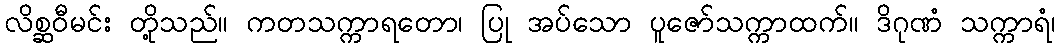
လိစ္ဆဝီမင်း တို့သည်။ ကတသက္ကာရတော၊ ပြု အပ်သော ပူဇော်သက္ကာထက်။ ဒိဂုဏံ သက္ကာရံ၊